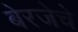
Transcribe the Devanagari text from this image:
बेरजेचे